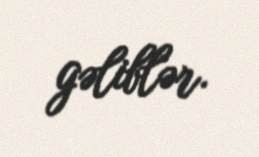
gəliblər.